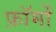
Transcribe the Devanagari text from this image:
फ़ॉर्मों